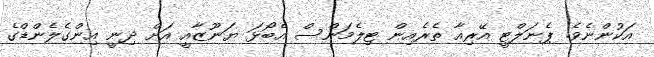
އަކުންނެވެ. ޕެނަލްޓީ އޭރިއާ ތެރެއިން ޓިލެމަންސް އެބޯޅަ ޔަނޫޒާއީ އަށް ދިނީ އިންގެލެންޑްގެ